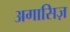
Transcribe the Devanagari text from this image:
अगासिज़